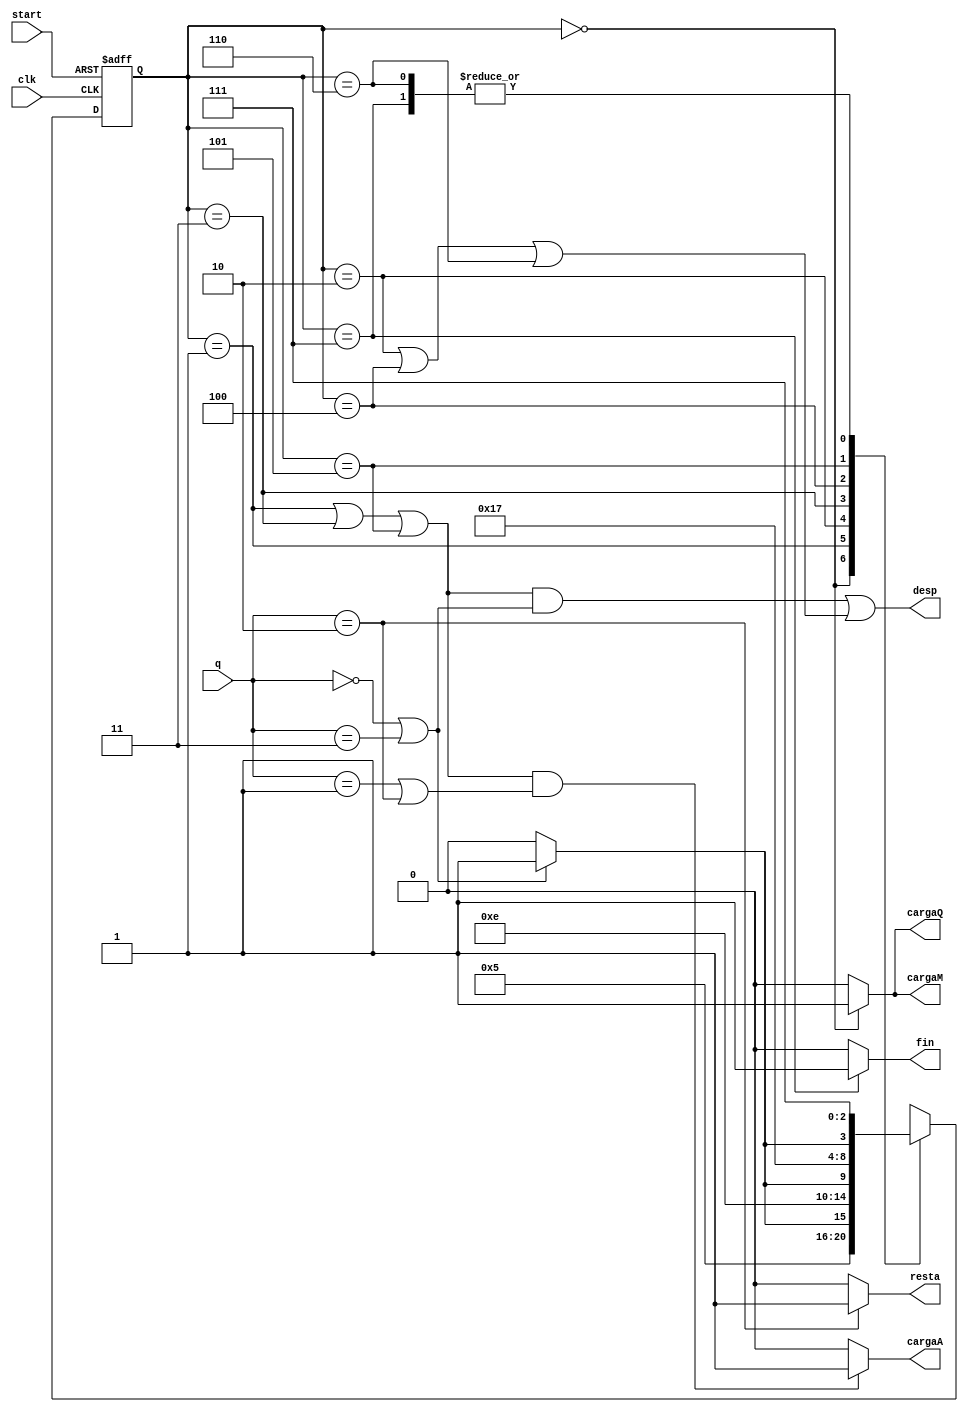
`timescale 1 ns / 10 ps
module controlUnit (input wire clk, start, input wire [1:0] q, output wire resta, desp, cargaA, cargaQ, cargaM, fin);

  reg [2:0] state, nextstate;

  // Codificacion de los estados

  parameter S0 = 3'b000;
  parameter S1 = 3'b001;
  parameter S2 = 3'b010;
  parameter S3 = 3'b011;
  parameter S4 = 3'b100;
  parameter S5 = 3'b101;
  parameter S6 = 3'b110;
  parameter S7 = 3'b111;

  // Comprobamos el estado a actualizar
  always @(posedge clk, posedge start)
    if (start)
      state <= S0;
    else
      state <= #6 nextstate;

  // Funcion de transicion
  always @(*)
    case (state)
      S0: nextstate = S1;
      S1:
        if (q == 2'b00 || q == 2'b11)
          nextstate = S3;
        else
          nextstate = S2;
      S2: nextstate = S3;
      S3:
        if (q == 2'b00 || q == 2'b11)
          nextstate = S5;
        else
          nextstate = S4;
      S4: nextstate = S5;
      S5: if (q == 2'b00 || q == 2'b11)
          nextstate = S7;
        else
          nextstate = S6;
      S6: nextstate = S7;
      S7: nextstate = S7;
      default: nextstate = S0;
    endcase

    // Funcion de salida
    assign cargaA = ((state == S1 || state == S3 || state == S5) && (q == 2'b01 || q == 2'b10)) ? 1 : 0;
    assign cargaQ = (state == S0) ? 1 : 0;
    assign cargaM = (state == S0) ? 1 : 0;
    assign resta = (q == 2'b10) ? 1 : 0;
    assign desp = ((state == S1 || state == S3 || state == S5) && (q == 2'b00 || q == 2'b11)) || (state == S2 || state == S4 || state == S6);
    assign fin = (state == S7) ? 1 : 0;

endmodule